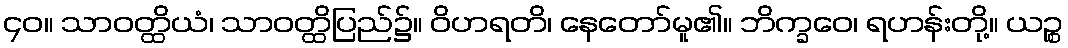
၄၀။ သာဝတ္ထိယံ၊ သာဝတ္ထိပြည်၌။ ဝိဟရတိ၊ နေတော်မူ၏။ ဘိက္ခဝေ၊ ရဟန်းတို့။ ယဉ္စ